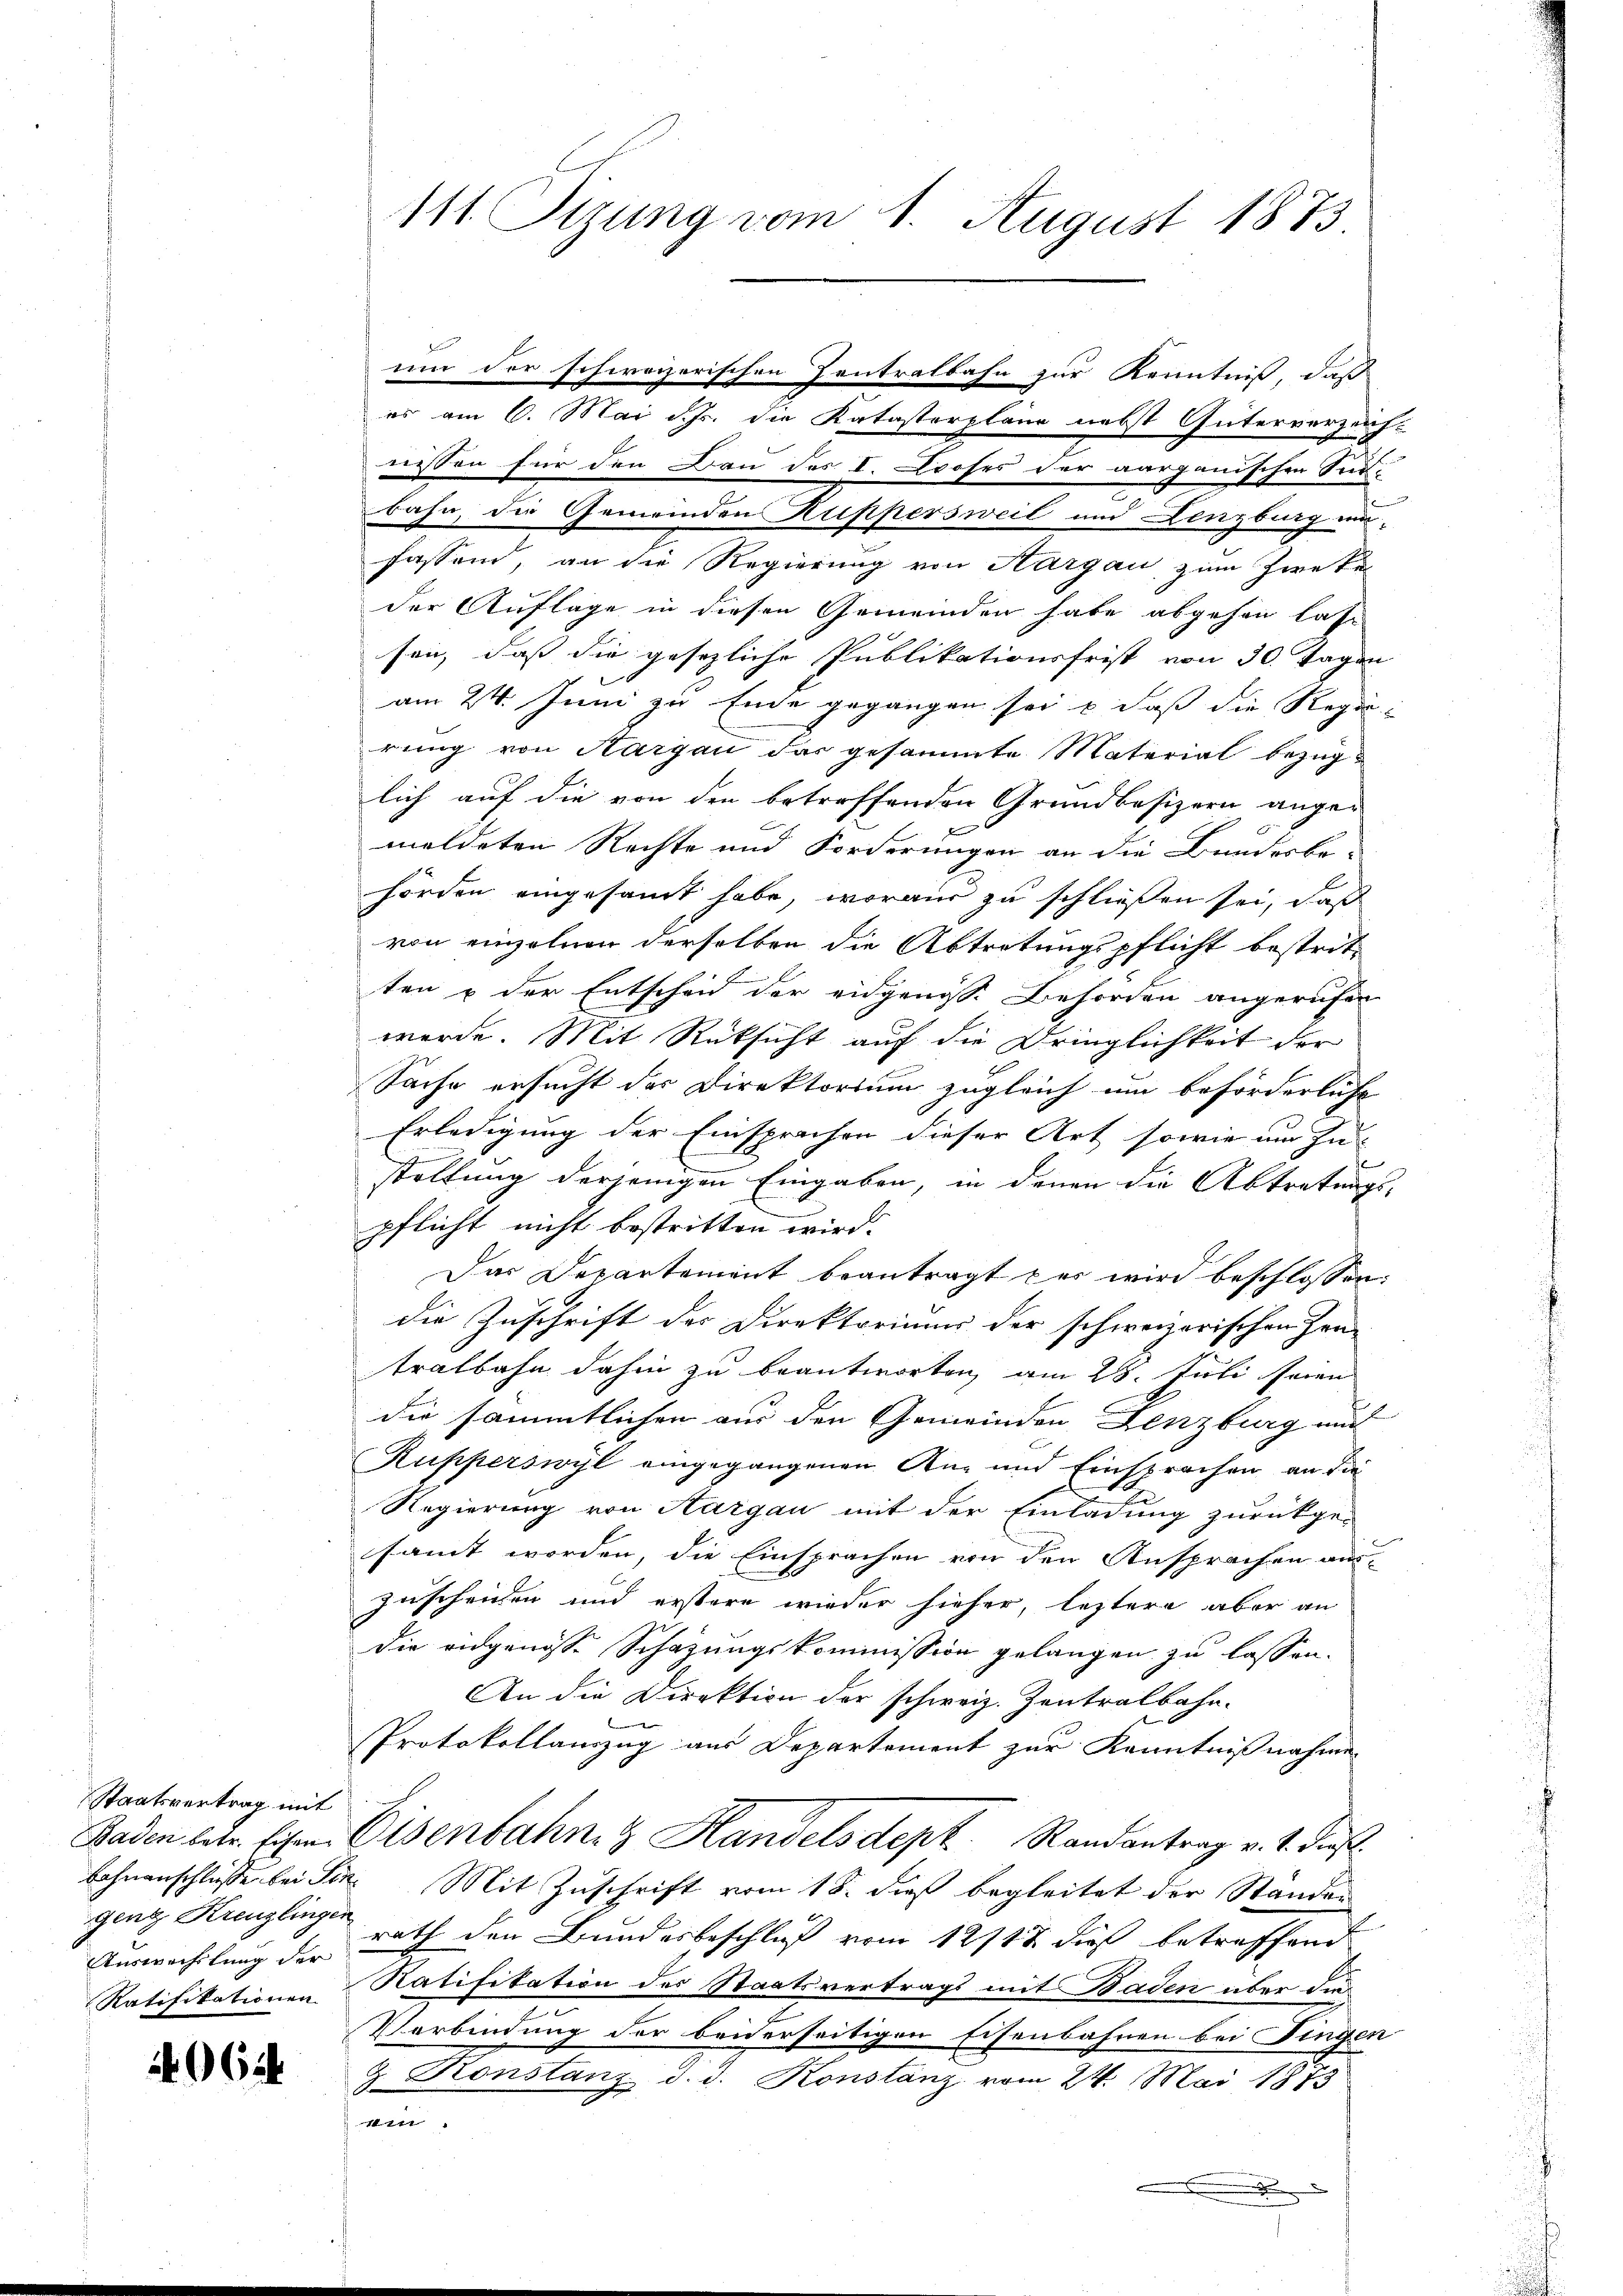
Staatsvertrag mit
geng Kreuzlingen
Auswechslung der
Ratifikationen

062.

es am 6. Mai d. Js. die Katasterplane nebst Güterverzeich-
nissen für den Bau des I. Looses der aargauischen Seibahn, die Gemeinden Kuppersweil und Lenzburg unfassend, an die Regierung von Aargau zum Zweke
der Auflage in diesen Gemeinden habe abgehen lasse
sen, daß die gesezliche Publikationsfrist von 30 Tagen
6
am 24. Juni zu Ende gegangen sei & daß die Regie
rung von Aargau das gesammte Material bezuglich auf die von den betreffenden Grundbesizern ange-
x
meldeten Rechte und Forderungen an die Bundesbe-
hörden eingesamt habe, woraus zu schließen sei, daß
von einzelnen derselben die Abtretungspflicht bestrit
ten & der Entscheid der eidgenosse Behörden angerufen
werde. Mit Rücksicht auf die Dringlichkeit der
Sache ersucht der Direktorium zugleich um beförderliche
Erledigung der Einsprachen dieser Art sowie am In-
stellung derjenigen Eingaben, in denen die Abtretungs-
pflicht nicht bestritten wird.
Das Departement beantragt zur wird beschlossen:
die Zuschrift der Direktoriums der schweizerischen Zentratbahn dahin zu beantworten, am 28. Juli seien
die sämmtlichen aus den Gemeinden Denzburg mi
Rupperswyl eingegangenen An- und Einsprachen an die
Regierung von Aargau mit der Einladung zurückge-
samt worden, die Einsprachen von den Ansprachen aus-
zuscheiden und erstere wieder hieher, leztere aber an
die eidgenosse Schazungskommission gelangen zu lassen.
An die Direktion der schweiz. Zentralbahn-
Protokollauszug aus Departement zur Kenntnißnahmen
Baden betr. schen Eisenbahnen Handelsdept. Randantrag v. 4. dies
Lahnenschlüsse bei Siz. Mit Zuschrift vom 18. dieß begleitet der Standen
rath den Bundesbeschluß vom 12/18. dieß betreffend
Ratifikation des Staatsvertrags mit Baden über dies
Verbindung der beiderseitigen Eisenbahnen bei Dingen
9. Konstanz d. d. Konstanz vom 24. Mai 1873
i
.

111. Sizung vom 1. August 1873

um der schweizerischen Zentralbahn zur Kenntniß, daß